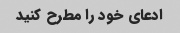
ادعای خود را مطرح کنید